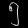
Digit: ၅